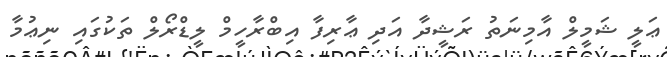
ޢަލީ ޝަމީލް އާމިނަތު ރަޝީދާ އަދި ޢާރިފާ އިބްރާހީމް ލީޑްރޯލް ތަކުގައި ނިޢުމާ